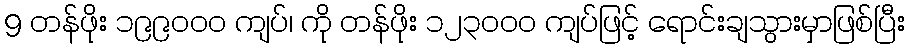
9 တန်ဖိုး ၁၉၉၀၀၀ ကျပ်၊ ကို တန်ဖိုး ၁၂၃၀၀၀ ကျပ်ဖြင့် ရောင်းချသွားမှာဖြစ်ပြီး